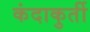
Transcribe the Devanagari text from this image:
कंदाकुर्ती